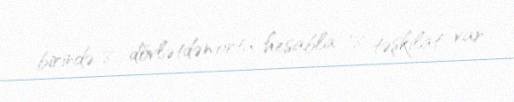
birində 8 dövlətdən orta hesabla 18 təşkilat var.